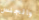
والجنس